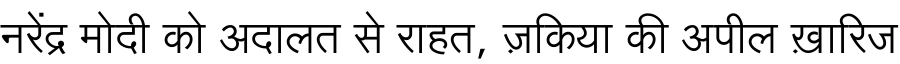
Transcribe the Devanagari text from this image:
नरेंद्र मोदी को अदालत से राहत, ज़किया की अपील ख़ारिज